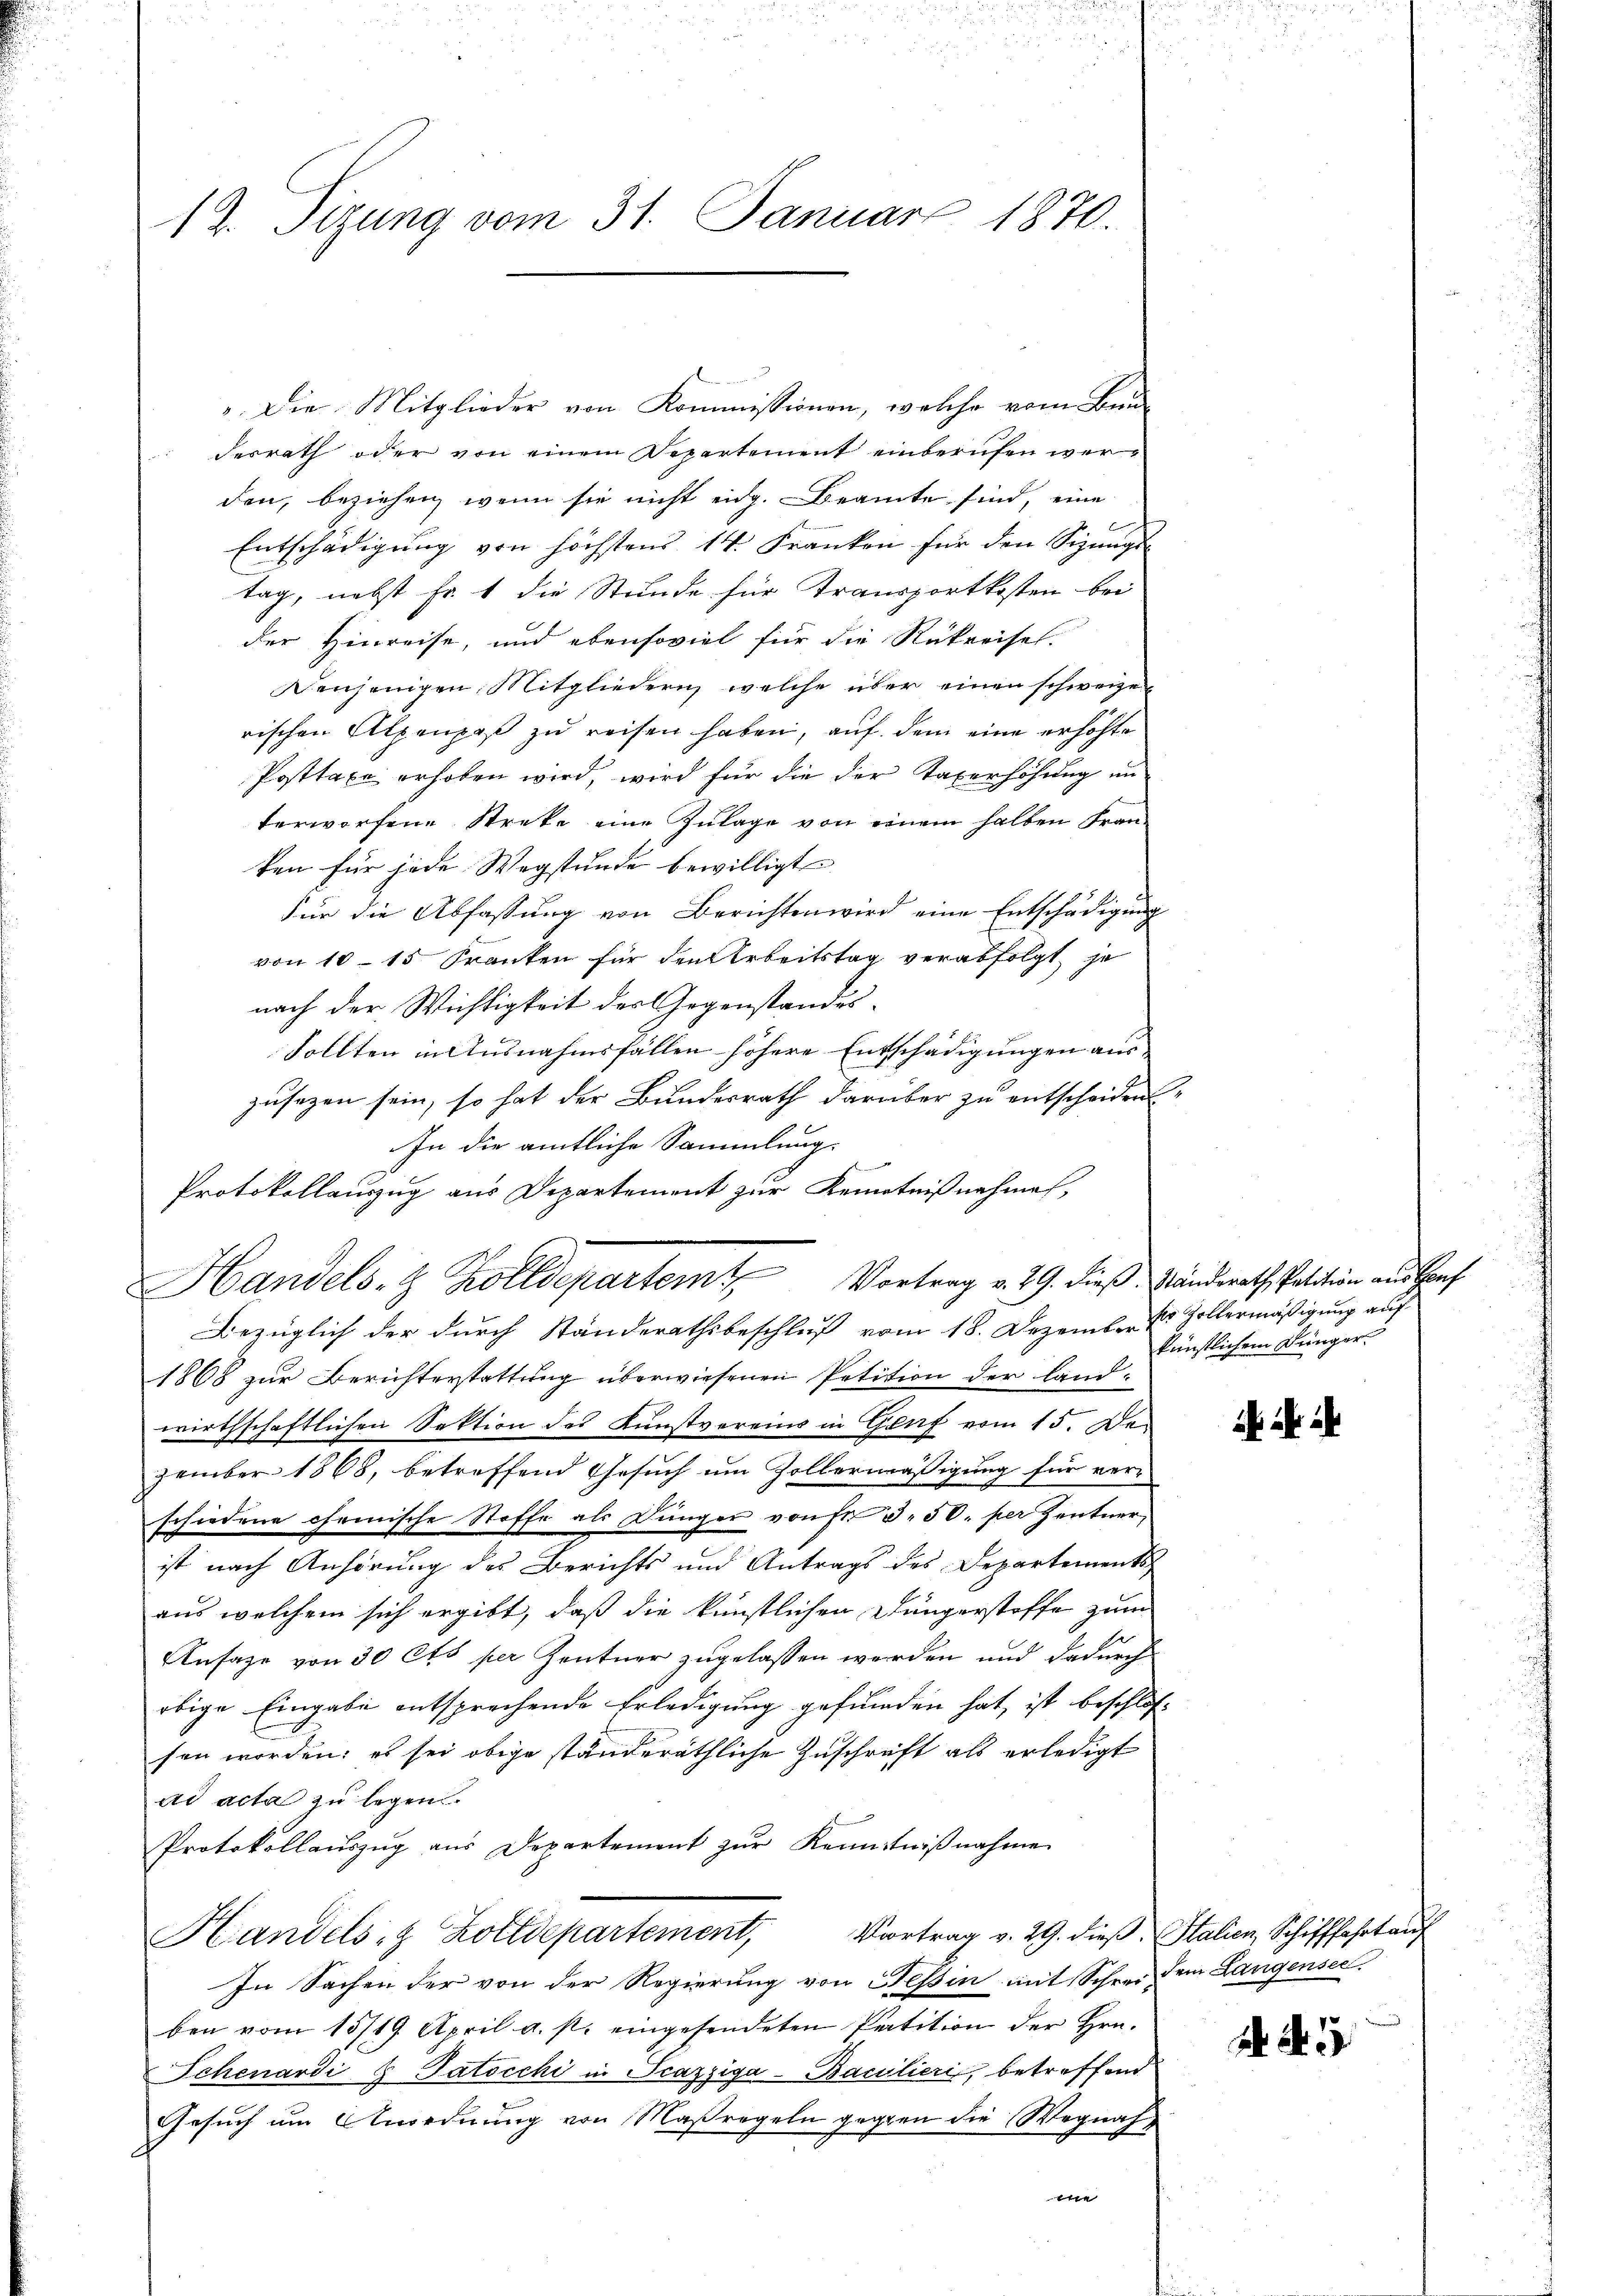
12. Sitzung vom 31. Januar 1870.

". Die Mitglieder von Kommissionen, welche vom Bun-
desrath oder von einem Departement einberufen werden, beziehen, wenn sie nicht eidg. Beamte sind, eine
Entschädigung von höchstens 14. Franken für den Sizungs
tag, nebst Fr. 1 die Stunde für Transportkosten bei
der Hinreise, und ebensoviel für die Rükreise.
Denjenigen Mitgliedern welche über einen schweizen
rischen Alpenpaß zu reisen haben, auf dem eine erhöhte
Posttaxe erhoben wird, wird für die der Taxerhöhung un
terworfene Streke eine Zulage von einem halben Franten für jede Wegstunde bewilligt
Für die Abfassung von Berichten wird eine Entschädigung
von 10 - 15 Franken für den Arbeitstag verabfolgt, je
nach der Wichtigkeit des Gegenstandes¬
Sollten in Ausnahmsfällen höhere Entschädigungen aus
zusagen sein, so hat der Bundesrath darüber zu entscheiden
In die amtliche Sammlung.
Protokollauszug aus Departement zur Kenntnißnahmen,
1868 zur Berichterstattung überwiesenen Petition der Landwirthschaftlichen Sektion des Kunstvereins in Genf vom 15. Dezember 1868, betreffend Gesuch um Zollormäßigung für verschiedene chemische Stoffe als Jünger von Fr. 3. 50. per Zentner,
ist nach Anhörung des Berichts und Antrags des Departements
aus welchem sich ergibt, daß die künstlichen Düngerstoffe zum
Ansage von 30 Cts per Zentner zugelassen werden und dadurch
obige Eingabe entsprechende Erledigung gefunden hat, ist beschlos-
sen worden; es sei obige ständeräthliche Zuschrift als erledigt
ad acta zu legen.
Protokollaŭszŭg aŭs Departement zŭr Kenntniβnahme
Vortrag v. 29. dieß. Stalien, Schifffahrt auf
Handels- & Zolldepartement,
In Sachen der von der Regierung von Fessen mit Schrei dem Langensee.
ben vom 15/19. April a. p. eingesendeten Patition der Hrn.
Schenardi G Patocchi in Scazziga-Baculieri, betreffend
Gesuch um Anordnung von Maßregeln gegen die Wegnah
e

Handels- & Zolldepartem Vortrag v. 29. dieß Bänderath Petition aus Prof
Bezüglich der durch Ständerathsbeschluß vom 18. Dezember es Zollermäßigung auf

künstlichem Dünger